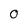
Character: 0